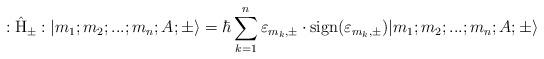
LaTeX: \begin{align*}:\hat{\rm H}_{\pm}: |m_1;m_2;...;m_n; A;\pm \rangle =\hbar \sum_{k=1}^{n} {\varepsilon}_{m_k,\pm} \cdot {\rm sign}({\varepsilon}_{m_k,\pm}) |m_1;m_2;...;m_n; A;\pm \rangle\end{align*}